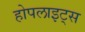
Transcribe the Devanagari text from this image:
होपलाइट्स